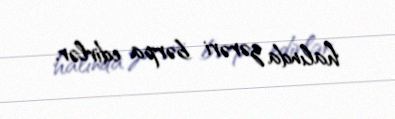
halında zərəri bərpa edirlər.